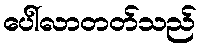
ပေါ်လာတတ်သည်